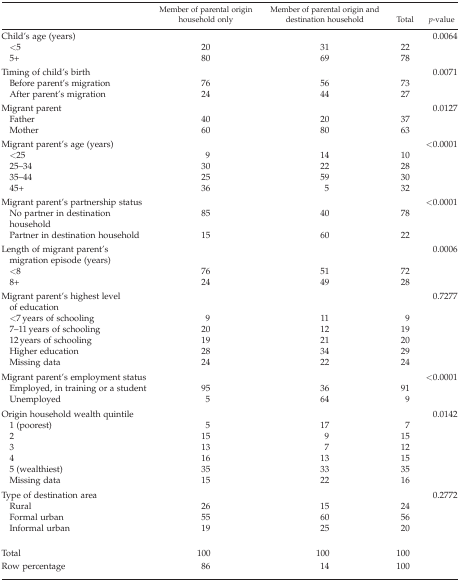
<table><thead><tr><td></td><td><b>Member of parental origin household only</b></td><td><b>Member of parental origin and destination household</b></td><td><b>Total</b></td><td><b><i>p</i>-value</b></td></tr></thead><tbody><tr><td>Child&#x27;s age (years)</td><td></td><td></td><td></td><td>0.0064</td></tr><tr><td> &lt;5</td><td>20</td><td>31</td><td>22</td><td></td></tr><tr><td> 5+</td><td>80</td><td>69</td><td>78</td><td></td></tr><tr><td>Timing of child&#x27;s birth</td><td></td><td></td><td></td><td>0.0071</td></tr><tr><td> Before parent&#x27;s migration</td><td>76</td><td>56</td><td>73</td><td></td></tr><tr><td> After parent&#x27;s migration</td><td>24</td><td>44</td><td>27</td><td></td></tr><tr><td>Migrant parent</td><td></td><td></td><td></td><td>0.0127</td></tr><tr><td> Father</td><td>40</td><td>20</td><td>37</td><td></td></tr><tr><td> Mother</td><td>60</td><td>80</td><td>63</td><td></td></tr><tr><td>Migrant parent&#x27;s age (years)</td><td></td><td></td><td></td><td>&lt;0.0001</td></tr><tr><td> &lt;25</td><td>9</td><td>14</td><td>10</td><td></td></tr><tr><td> 25–34</td><td>30</td><td>22</td><td>28</td><td></td></tr><tr><td> 35–44</td><td>25</td><td>59</td><td>30</td><td></td></tr><tr><td> 45+</td><td>36</td><td>5</td><td>32</td><td></td></tr><tr><td>Migrant parent&#x27;s partnership status</td><td></td><td></td><td></td><td>&lt;0.0001</td></tr><tr><td> No partner in destination household</td><td>85</td><td>40</td><td>78</td><td></td></tr><tr><td> Partner in destination household</td><td>15</td><td>60</td><td>22</td><td></td></tr><tr><td>Length of migrant parent&#x27;s migration episode (years)</td><td></td><td></td><td></td><td>0.0006</td></tr><tr><td> &lt;8</td><td>76</td><td>51</td><td>72</td><td></td></tr><tr><td> 8+</td><td>24</td><td>49</td><td>28</td><td></td></tr><tr><td>Migrant parent&#x27;s highest level of education</td><td></td><td></td><td></td><td>0.7277</td></tr><tr><td> &lt;7 years of schooling</td><td>9</td><td>11</td><td>9</td><td></td></tr><tr><td> 7–11 years of schooling</td><td>20</td><td>12</td><td>19</td><td></td></tr><tr><td> 12 years of schooling</td><td>19</td><td>21</td><td>20</td><td></td></tr><tr><td> Higher education</td><td>28</td><td>34</td><td>29</td><td></td></tr><tr><td> Missing data</td><td>24</td><td>22</td><td>24</td><td></td></tr><tr><td>Migrant parent&#x27;s employment status</td><td></td><td></td><td></td><td>&lt;0.0001</td></tr><tr><td> Employed, in training or a student</td><td>95</td><td>36</td><td>91</td><td></td></tr><tr><td> Unemployed</td><td>5</td><td>64</td><td>9</td><td></td></tr><tr><td>Origin household wealth quintile</td><td></td><td></td><td></td><td>0.0142</td></tr><tr><td> 1 (poorest)</td><td>5</td><td>17</td><td>7</td><td></td></tr><tr><td> 2</td><td>15</td><td>9</td><td>15</td><td></td></tr><tr><td> 3</td><td>13</td><td>7</td><td>12</td><td></td></tr><tr><td> 4</td><td>16</td><td>13</td><td>15</td><td></td></tr><tr><td> 5 (wealthiest)</td><td>35</td><td>33</td><td>35</td><td></td></tr><tr><td> Missing data</td><td>15</td><td>22</td><td>16</td><td></td></tr><tr><td>Type of destination area</td><td></td><td></td><td></td><td>0.2772</td></tr><tr><td> Rural</td><td>26</td><td>15</td><td>24</td><td></td></tr><tr><td> Formal urban</td><td>55</td><td>60</td><td>56</td><td></td></tr><tr><td> Informal urban</td><td>19</td><td>25</td><td>20</td><td></td></tr><tr><td>Total</td><td>100</td><td>100</td><td>100</td><td></td></tr><tr><td>Row percentage</td><td>86</td><td>14</td><td>100</td><td></td></tr></tbody></table>